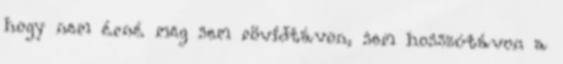
hogy nem érné meg sem rövidtávon, sem hosszútávon a